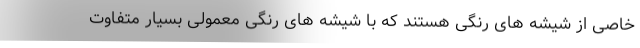
خاصی از شیشه های رنگی هستند که با شیشه های رنگی معمولی بسیار متفاوت